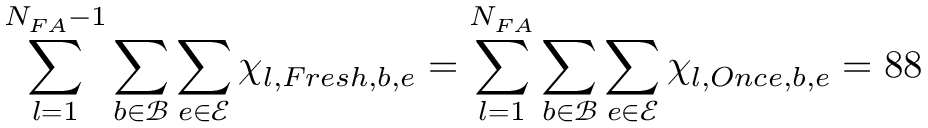
\sum _ { l = 1 } ^ { N _ { F A } - 1 } \sum _ { b \in \mathcal { B } } \sum _ { e \in \mathcal { E } } \chi _ { l , F r e s h , b , e } = \sum _ { l = 1 } ^ { N _ { F A } } \sum _ { b \in \mathcal { B } } \sum _ { e \in \mathcal { E } } \chi _ { l , O n c e , b , e } = 8 8